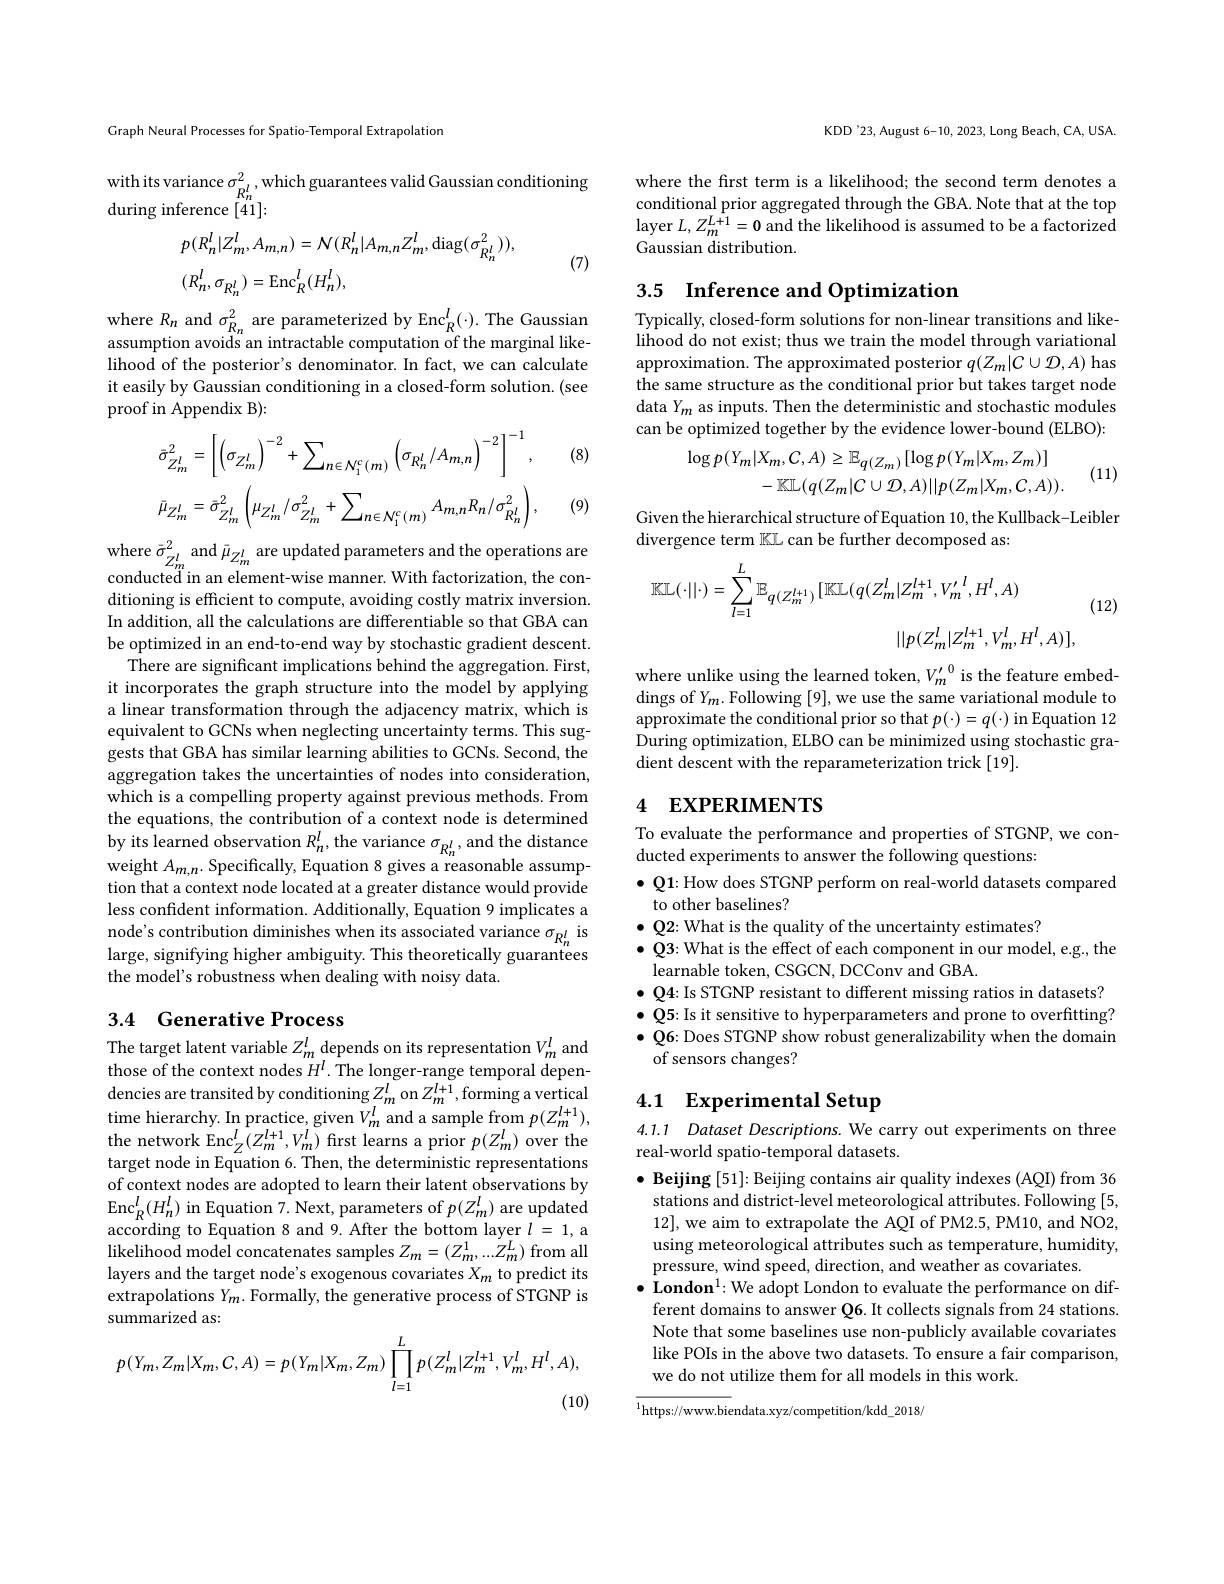
Graph Neural Processes for Spatio-Temporal Extrapolation

with its variance $\sigma_{R_{n}^{l}}^{2}$, which guarantees valid Gaussian conditioning
during inference [41]:
$$\begin{aligned}&p(R_{n}^{l}|Z_{m}^{l},A_{m,n})=\mathcal{N}(R_{n}^{l}|A_{m,n}Z_{m}^{l},\mathrm{diag}(\sigma_{R_{n}^{l}}^{2})),\\&(R_{n}^{l},\sigma_{R_{n}^{l}})=\mathrm{Enc}_{R}^{l}(H_{n}^{l}),\end{aligned}$$
(7)

where $R_{n}$ and $\sigma_{R_{n}}^{2}$ are parameterized by Enc$_R^{l}(\cdot).$ The Gaussian assumption avoids an intractable computation of the marginal likelihood of the posterior's denominator. In fact, we can calculate it easily by Gaussian conditioning in a closed-form solution. (see proof in Appendix B):

(8)
$$\bar{\sigma}_{Z_{m}^{l}}^{2}=\left[\left(\sigma_{Z_{m}^{l}}\right)^{-2}+\sum_{n\in\mathcal{N}_{1}^{c}(m)}\left(\sigma_{R_{n}^{l}}/A_{m,n}\right)^{-2}\right]^{-1},\\\bar{\mu}_{Z_{m}^{l}}=\bar{\sigma}_{Z_{m}^{l}}^{2}\left(\mu_{Z_{m}^{l}}/\sigma_{Z_{m}^{l}}^{2}+\sum_{n\in\mathcal{N}_{1}^{c}(m)}A_{m,n}R_{n}/\sigma_{R_{n}^{l}}^{2}\right),$$
(9)

$\begin{array}{l}\mathrm{where~}\bar{\sigma}_{Z_{m}^{l}~and~}\bar{\mu}_{Z_{m}^{l}~are~updated~parameters~and~the~operations~are}\\\text{conducted in an element-wise manner.With factorization, the con-}\end{array}$ ditioning is efficient to compute, avoiding costly matrix inversion. In addition, all the calculations are differentiable so that GBA can be optimized in an end-to-end way by stochastic gradient descent.
There are significant implications behind the aggregation. First, it incorporates the graph structure into the model by applying a linear transformation through the adjacency matrix, which is equivalent to GCNs when neglecting uncertainty terms. This suggests that GBA has similar learning abilities to GCNs. Second, the aggregation takes the uncertainties of nodes into consideration, which is a compelling property against previous methods. From the equations, the contribution of a context node is determined by its learned observation $R_n^l$, the variance $\sigma_{R_n^l}$, and the distance weight $A_{m,n}.$ Specifically, Equation 8 gives a reasonable assumption that a context node located at a greater distance would provide less confident information. Additionally, Equation 9 implicates a node's contribution diminishes when its associated variance $\sigma_{R_n^l}$ is large, signifying higher ambiguity. This theoretically guarantees the model's robustness when dealing with noisy data.

### 3.4 Generative Process

The target latent variable $Z_m^l$ depends on its representation $V_m^l$ and those of the context nodes $H^l.$ The longer-range temporal dependencies are transited by conditioning $Z_m^l$ on $Z_m^{l+1}$,forming a vertical time hierarchy. In practice, given $V_m^l$ and a sample from $p(Z_m^{l+1})$, the network Enc$_Z^l(Z_m^{l+1},V_m^l)$ first learns a prior $p(Z_m^l)$ over the target node in Equation 6. Then, the deterministic representations of context nodes are adopted to learn their latent observations by $\mathrm{Enc}_{R}^{l}(H_{n}^{l})$ in Equation 7. Next, parameters of $p(Z_{m}^{l})$ are updated according to Equation 8 and 9. After the bottom layer $l=1$,a $\hat{\text{likelihood model concatenates samples }Z}_{m}=(Z_{m}^{1},...Z_{m}^{L})$ from all layers and the target node's exogenous covariates $X_m$ to predict its extrapolations $Y_m.$ Formally, the generative process of STGNP is summarized as
$$p(Y_m,Z_m|X_m,C,A)=p(Y_m|X_m,Z_m)\prod_{l=1}^Lp(Z_m^l|Z_m^{l+1},V_m^l,H^l,A),$$
(10)

KDD'23, August 6-10, 2023, Long Beach, CA, USA.

where the first term is a likelihood; the second term denotes a conditional prior aggregated through the GBA. Note that at the top layer $L,Z_m^{L+1}=0$ and the likelihood is assumed to be a factorized Gaussian distribution.

## 3.5 $\textbf{Inference and Optimization}$

Typically, closed-form solutions for non-linear transitions and likelihood do not exist; thus we train the model through variational approximation. The approximated posterior $q(Z_m|C\cup\mathcal{D},A)$ has the same structure as the conditional prior but takes target node data $Y_m$ as inputs. Then the deterministic and stochastic modules can be optimized together by the evidence lower-bound (ELBO):
$$\log p(Y_{m}|X_{m},C,A)\geq\mathbb{E}_{q(Z_{m})}[\log p(Y_{m}|X_{m},Z_{m})]\\-\mathbb{KL}(q(Z_{m}|C\cup\mathcal{D},A)||p(Z_{m}|X_{m},C,A)).$$
(11)

Given the hierarchical structure of Equation 10, the Kullback-Leibler
divergence term KL can be further decomposed as:
$$\mathbb{KL}(\cdot||\cdot)=\sum_{l=1}^{L}\mathbb{E}_{q(Z_{m}^{l+1})}[\mathbb{KL}(q(Z_{m}^{l}|Z_{m}^{l+1},V_{m}^{\prime}{}^{l},H^{l},A)\\||p(Z_{m}^{l}|Z_{m}^{l+1},V_{m}^{l},H^{l},A)],$$
(12)

where unlike using the learned token, $V_m^{\prime}$ is the feature embeddings of $Y_m.$ Following [9], we use the same variational module to approximate the conditional prior so that $p(\cdot)=q(\cdot)$ in Equation 12 During optimization, ELBO can be minimized using stochastic gradient descent with the reparameterization trick [19].

# 4 EXPERIMENTS

To evaluate the performance and properties of STGNP, we con-
ducted experiments to answer the following questions:
$\bullet$ Q1: How does STGNP perform on real-world datasets compared
to other baselines?
$\bullet$ Q2: What is the quality of the uncertainty estimates?
$\bullet$ Q3: What is the effect of each component in our model, e.g., the
learnable token, CSGCN, DCConv and GBA
$\bullet$ Q4: Is STGNP resistant to different missing ratios in datasets? $\bullet$ Q5: Is it sensitive to hyperparameters and prone to overfitting? $\bullet$ Q6: Does STGNP show robust generalizability when the domain of sensors changes?

# 4.1 Experimental Setup

4.1.1 Dataset Descriptions. We carry out experiments on three
real-world spatio-temporal datasets.

$\bullet$ Beijing [51]: Beijing contains air quality indexes (AQI) from 36 stations and district-level meteorological attributes. Following [5, 12], we aim to extrapolate the AQI of PM2.5, PM10, and NO2, using meteorological attributes such as temperature, humidity, pressure, wind speed, direction, and weather as covariates.
$\bullet$ London$^1:$ We adopt London to evaluate the performance on different domains to answer Q6. It collects signals from 24 stations. Note that some baselines use non-publicly available covariates like POIs in the above two datasets. To ensure a fair comparison, we do not utilize them for all models in this work.

${\overline{^{1}\text{https://www.biendata.xyz/competition/kdd\_2018/}}}$